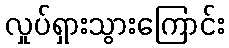
လှုပ်ရှားသွားကြောင်း